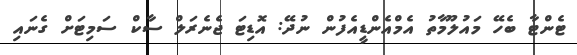
ޓެންޓާ ބެހޭ މައުލޫމާތު އެމްއެންޑީއެފުން ނުދޭ: އޮޑިޓަ ޖެނެރަލް ސާކް ސަމިޓަށް ގެނައި